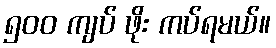
၅၀၀ ကျပ် ဖိုး ကပ်ရမယ်။